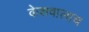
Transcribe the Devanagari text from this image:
केशवालाच